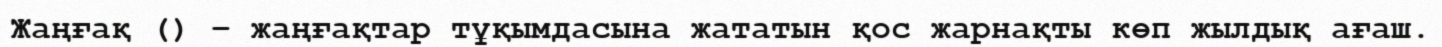
Жаңғақ () – жаңғақтар тұқымдасына жататын қос жарнақты көп жылдық ағаш.